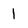
Character: 1